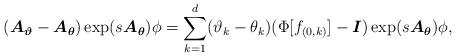
LaTeX: \begin{align*}(\boldsymbol{A}_{\boldsymbol{\vartheta}}-\boldsymbol{A}_{\boldsymbol{\theta}})\exp(s\boldsymbol{A}_{\boldsymbol{\theta}})\phi=\sum_{k=1}^d(\vartheta_k-\theta_k)(\Phi[f_{(0,k)}]-\boldsymbol{I})\exp(s\boldsymbol{A}_{\boldsymbol{\theta}})\phi,\end{align*}